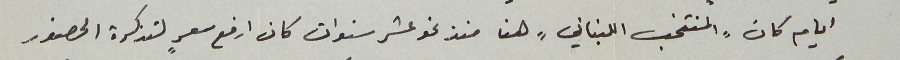
ايام كان "المنتخب اللبناني"  هنا منذ نحو عشر سنوات كان ارفع سعرٍ لتذكرة الحضور